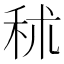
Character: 秫